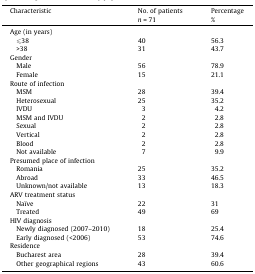
| <ROWSPAN=2> Characteristic | No. of patients | Percentage |
 | n = 71 | % |
 | --- | --- | --- |
 | <COLSPAN=3> Age (in years) |
 | ⩽38 | 40 | 56.3 |
 | >38 | 31 | 43.7 |
 | <COLSPAN=3> Gender |
 | Male | 56 | 78.9 |
 | Female | 15 | 21.1 |
 | <COLSPAN=3> Route of infection |
 | MSM | 28 | 39.4 |
 | Heterosexual | 25 | 35.2 |
 | IVDU | 3 | 4.2 |
 | MSM and IVDU | 2 | 2.8 |
 | Sexual | 2 | 2.8 |
 | Vertical | 2 | 2.8 |
 | Blood | 2 | 2.8 |
 | Not available | 7 | 9.9 |
 | <COLSPAN=3> Presumed place of infection |
 | Romania | 25 | 35.2 |
 | Abroad | 33 | 46.5 |
 | Unknown/not available | 13 | 18.3 |
 | <COLSPAN=3> ARV treatment status |
 | Naïve | 22 | 31 |
 | Treated | 49 | 69 |
 | <COLSPAN=3> HIV diagnosis |
 | Newly diagnosed (2007–2010) | 18 | 25.4 |
 | Early diagnosed (<2006) | 53 | 74.6 |
 | <COLSPAN=3> Residence |
 | Bucharest area | 28 | 39.4 |
 | Other geographical regions | 43 | 60.6 |